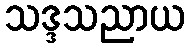
သဒ္ဒသညာယ